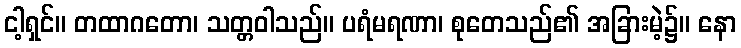
ငါ့ရှင်။ တထာဂတော၊ သတ္တဝါသည်။ ပရံမရဏာ၊ စုတေသည်၏ အခြားမဲ့၌။ နော